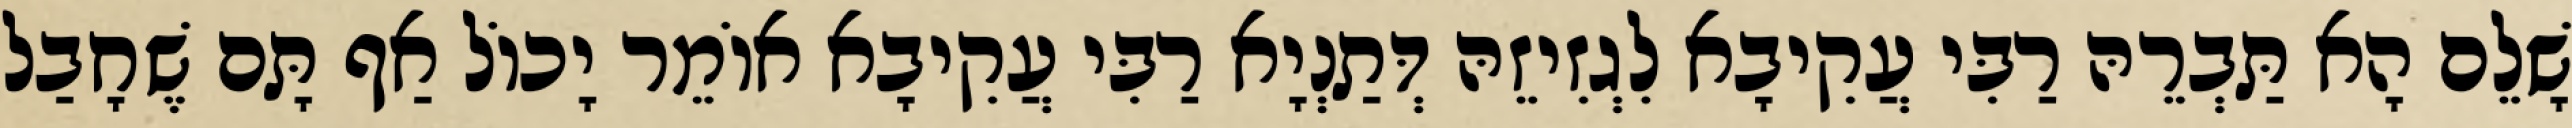
שָׁלֵם הָא תַּבְרֵהּ רַבִּי עֲקִיבָא לִגְזִיזֵהּ דְּתַנְיָא רַבִּי עֲקִיבָא אוֹמֵר יָכוֹל אַף תָּם שֶׁחָבַל